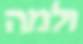
ולמה